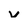
Character: W